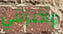
وأخبرتني